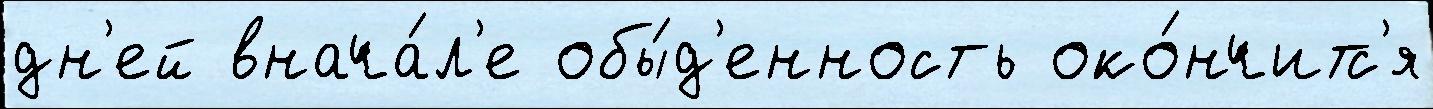
дн'ей внача́л'е обы́д'енность око́нчитс'я